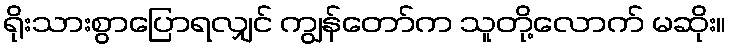
ရိုးသားစွာပြောရလျှင် ကျွန်တော်က သူတို့လောက် မဆိုး။